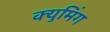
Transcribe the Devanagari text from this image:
क्युमिंग